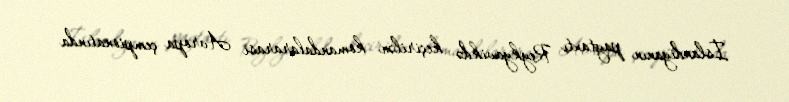
İslandiyanın paytaxtı Reykyavikdə keçirilən komandalararası Avropa çempionatında